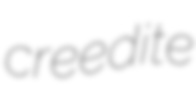
creedite